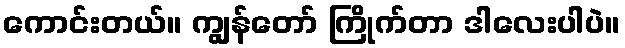
ကောင်းတယ်။ ကျွန်တော် ကြိုက်တာ ဒါလေးပါပဲ။